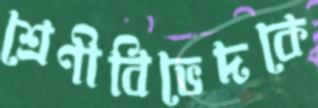
শ্রেণীবিভেদকে